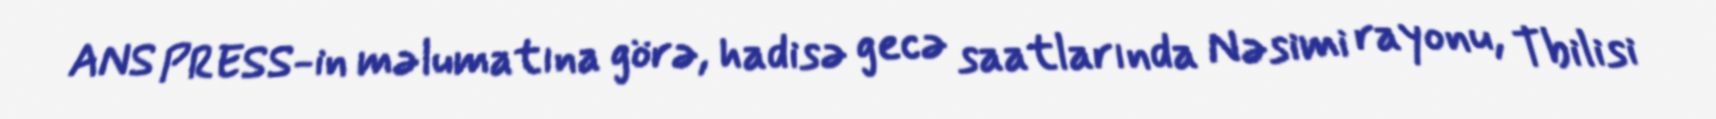
ANS PRESS-in məlumatına görə, hadisə gecə saatlarında Nəsimi rayonu, Tbilisi